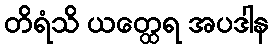
တိရံသိ ယတ္ထေရ အပဒါန